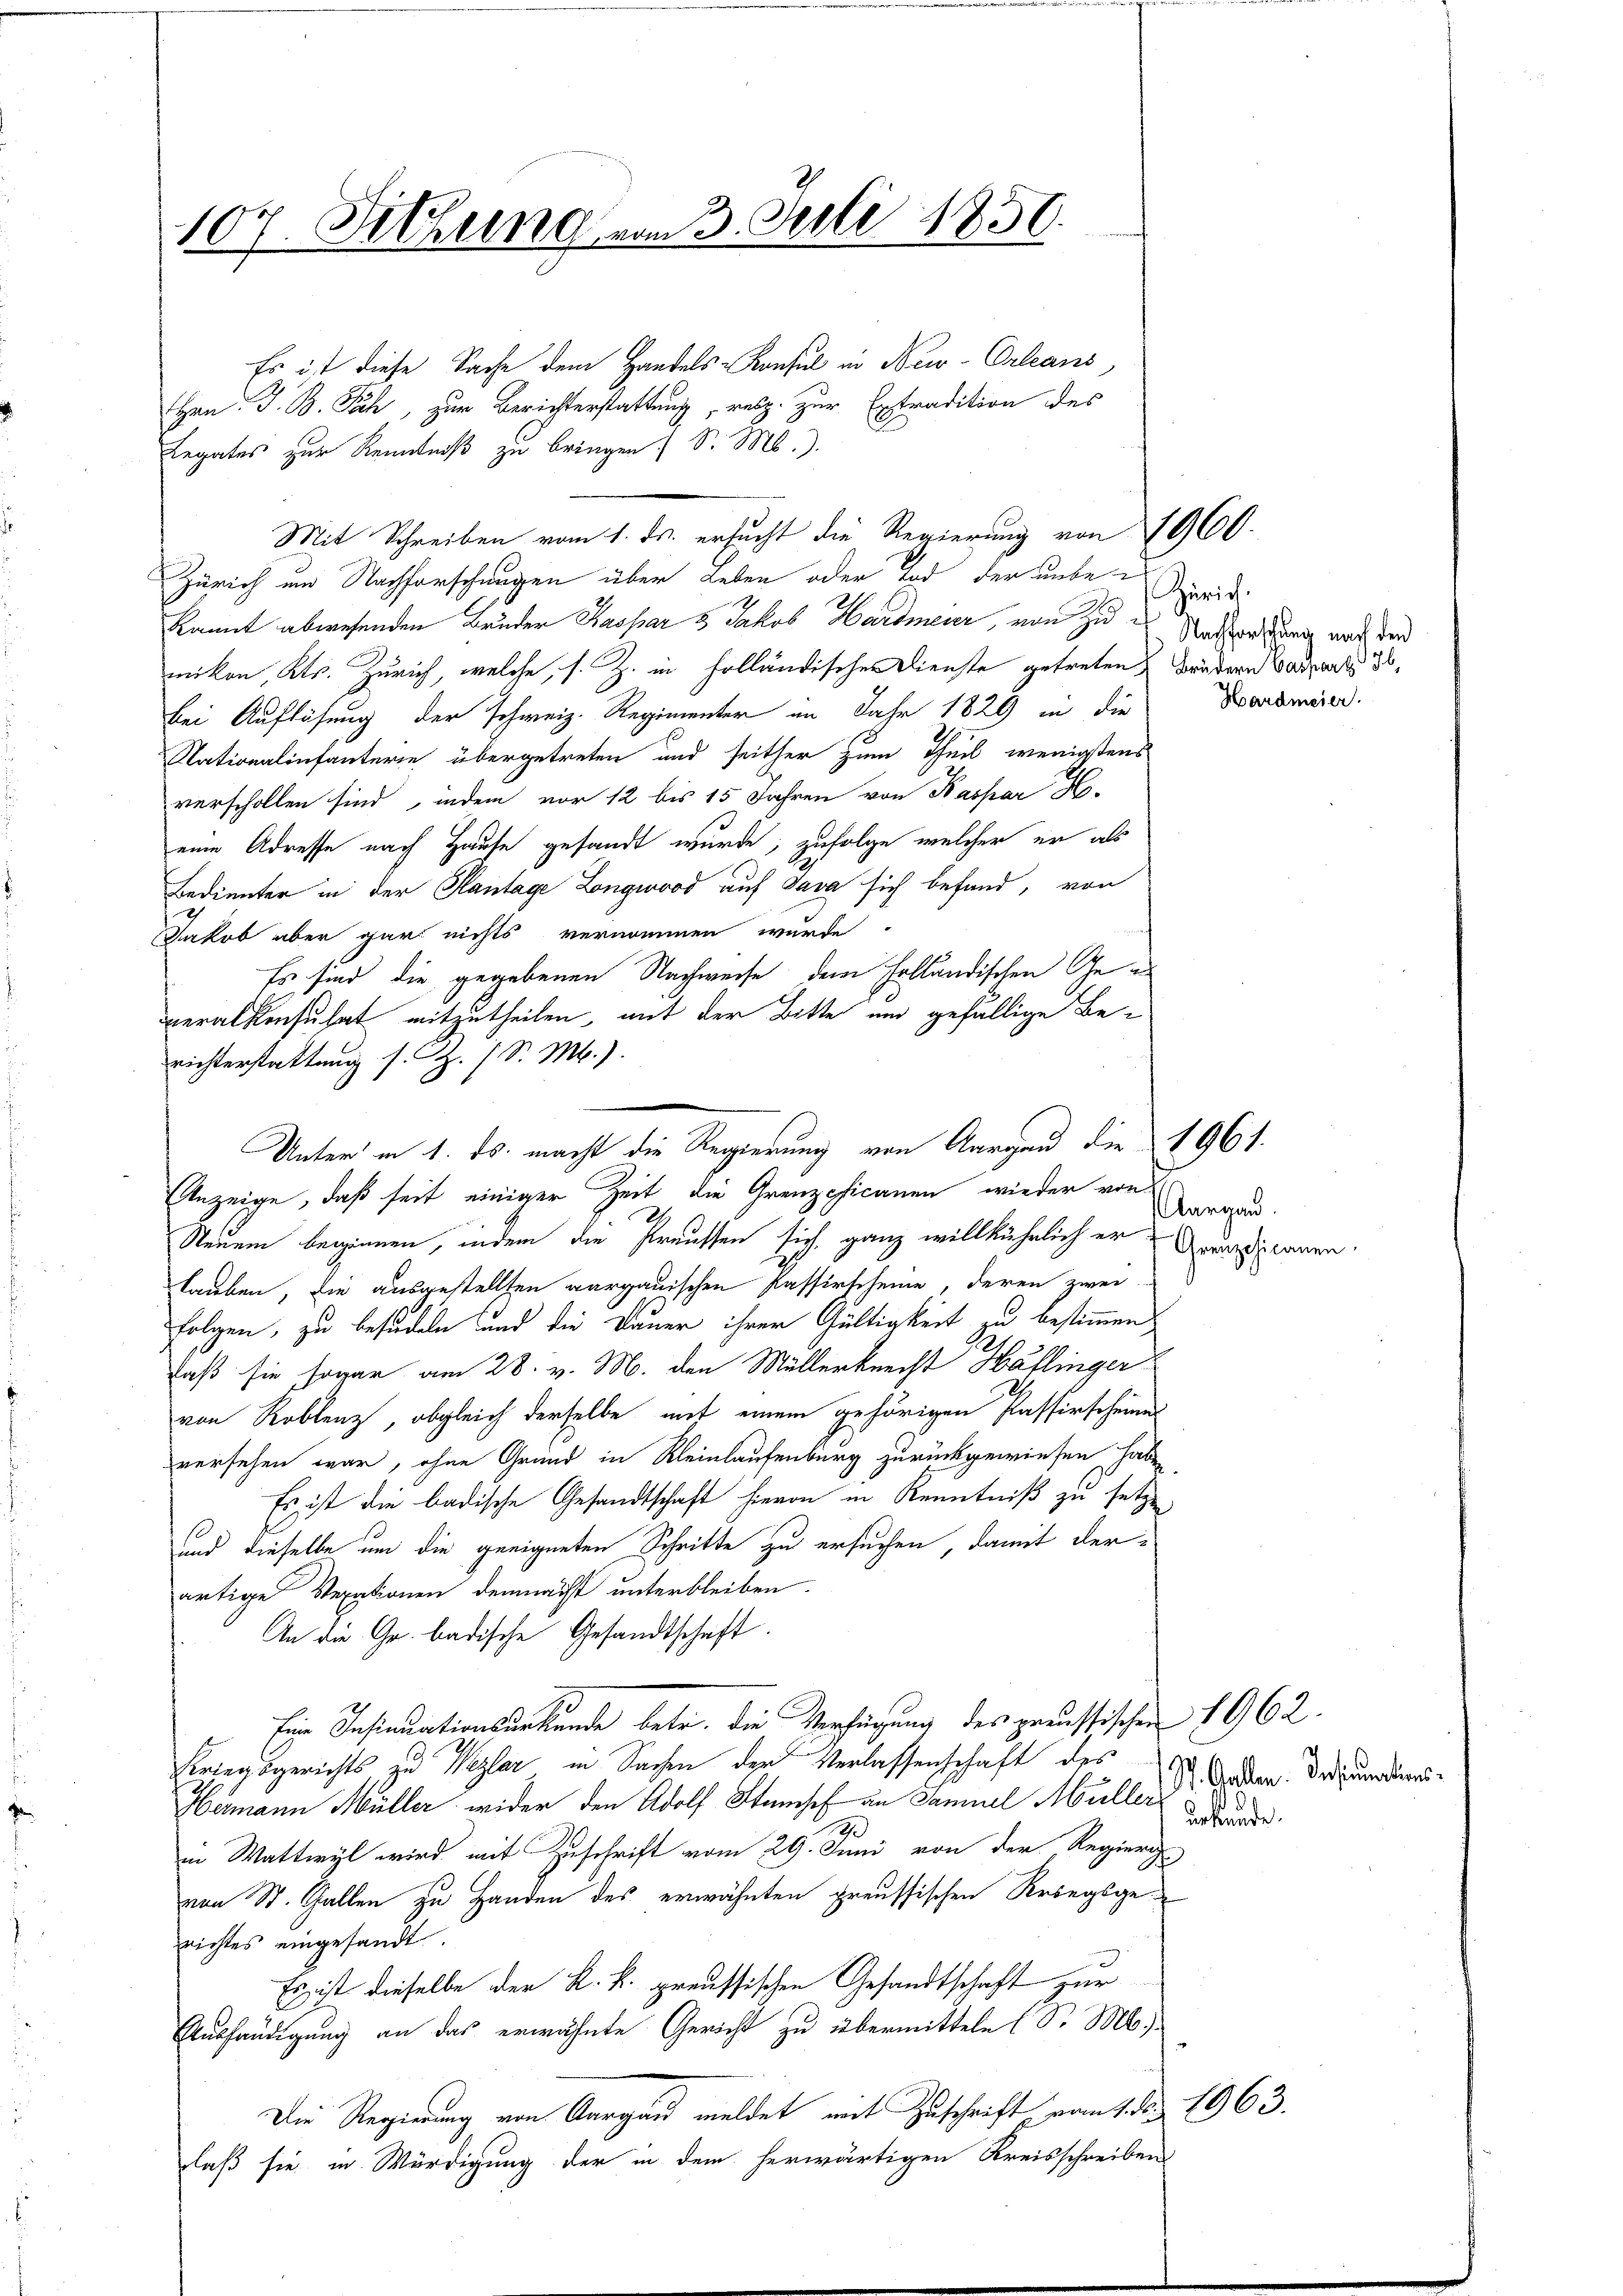
107. Sitzung vom 3. Juli 1850.

Es ist diese Sache dem Handels-Konsul in New-Orleans
Hrn. J. B. Päh, zur Berichterstattung, resp. zur Extradition des
Legates zur Kenntniß zu bringen. S. M.).
Mit Schreiben vom 1. ds. ersucht die Regierung von 1960.
Zürich um Nachforschungen über Leben oder Tod der unbekannt abwesenden Bruder Kaspar 5 Jakob Hardmeier von zu Antwortung nach de
mikon, Kts. Zürich, welche, s. Z. in holländischen Dienste getreten Brudern Casparts d
bei Auflösung der schweiz. Regimenter im Jahr 1829 in die
Nationalinfanterie übergetreten und seither zum Theil wenigstens
verschollen sind, indem vor 12 bis 15 Jahren von Baspar H-
eine Adresse nach Hause gesandt wurde, zufolge welcher er als
Bedienter in der Hantage Longwood auf Java sich befand, von
Jakob aber gar nichts vernommen wurde.
Es sind die gegebenen Nachweise dem Holländischen Ge
veralkonsulat mitzutheilen, mit der Bitte und gefällige Berichterstattung s. Z. 7 S. M.).
Anzeige, daß seit einiger Zeit die Grenzcficanen, wieder von
Neuem beginnen, indem die Preussen sich ganz willkührlich er
lauben, die ausgestellten aargauischen Passirscheine, deren zwei
folgen, zu besudeln und die Dauer ihrer Gültigkeit zu bestimmen
Faß sie sogar am 28. v. M. den Müllerknecht Häflinger
von Roblenz, obgleich derselbe mit einem gehörigen Passirscheinen
versehen war, ohne Grund in Kleinlaufenburg zurückgewiesen haben.
Es ist die badische Gesandtschaft hievon in Kenntniß zu setze
und dieselbe um die geeigneten Schritte zu ersuchen, damit derartige Verationen demnacht unterbleiben.
An die Gr. badische Gesandtschaft.
Eine Insinuationsurkunde betr. die Verfügung des preussischen 1962.
Kriegsgerichts zu Wezler in Sachen der Verlassenschaft des
Hermann Müller wider den Adolf Stumpf an Samuel Müller
2
in Wattwyl wird mit Zuschrift vom 29. Juni von der Regieris
von St. Gallen zu Handen des erwähnten preussischen Kriegsgerichtes eingesandt
Es ist dieselbe der K. k. preussischen Gesandtschaft zur
Aushändigung an das erwähnte Gericht zu übermitteln (S. Mb).
Die Regierung von Aargau meldet mit Zuschrift vom 1. d. 1963.
laß sie in Würdigung der in dem herwärtigen Kreisschreibens

Unter in 1. ds. macht die Regierung von Aargau die 1961.

¬
St. Gallen. Insinuations¬

Zürich.
Hardmeier.

Aargard.
Greuzchicanen